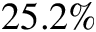
2 5 . 2 \%